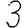
Digit: 3